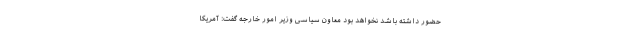
حضور داشته باشد نخواهد بود معاون سیاسی وزیر امور خارجه گفت: آمریکا